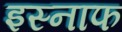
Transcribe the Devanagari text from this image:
इस्नाफ